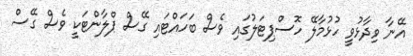
އޭނާ ވިދާޅުވީ ހުޅުމާލޭ ހޮސްޕިޓަލުގައި ވެސް ބަހައްޓައި ގޭސް ޕްލާންޓަކީ ވެސް ގޭސް